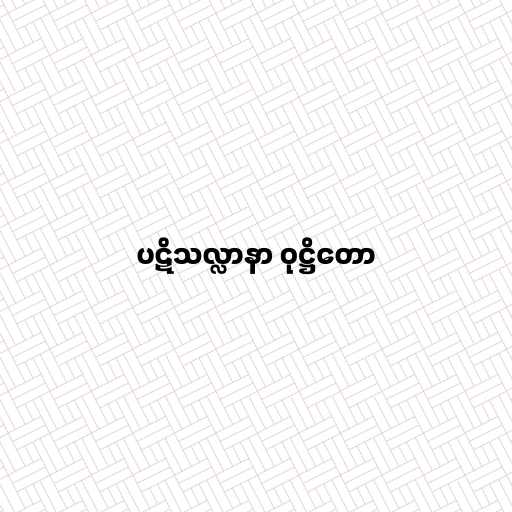
ပဋိသလ္လာနာ ဝုဋ္ဌိတော